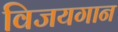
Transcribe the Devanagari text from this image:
विजयगान